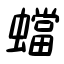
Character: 蟷